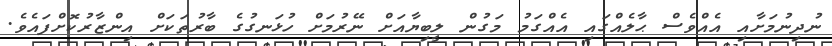
ނުދިނުމަށާއި އެއްވެސް ޙާލެއްގައި އެއްގަމު މަގުން ލީބިޔާއަށް ނޭރުމަށް ހުޅަނގުގެ ބާރުތަކަށް އިންޒާރުކޮށްފައެވެ.